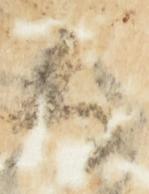
候